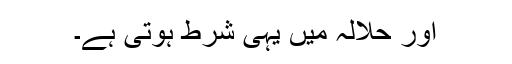
اور حلالہ میں یہی شرط ہوتی ہے۔